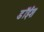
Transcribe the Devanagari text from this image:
डॉईश